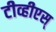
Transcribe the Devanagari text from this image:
टीव्हीएस्